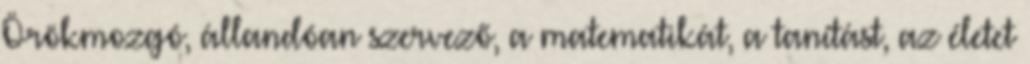
Örökmozgó, állandóan szervező, a matematikát, a tanítást, az életet